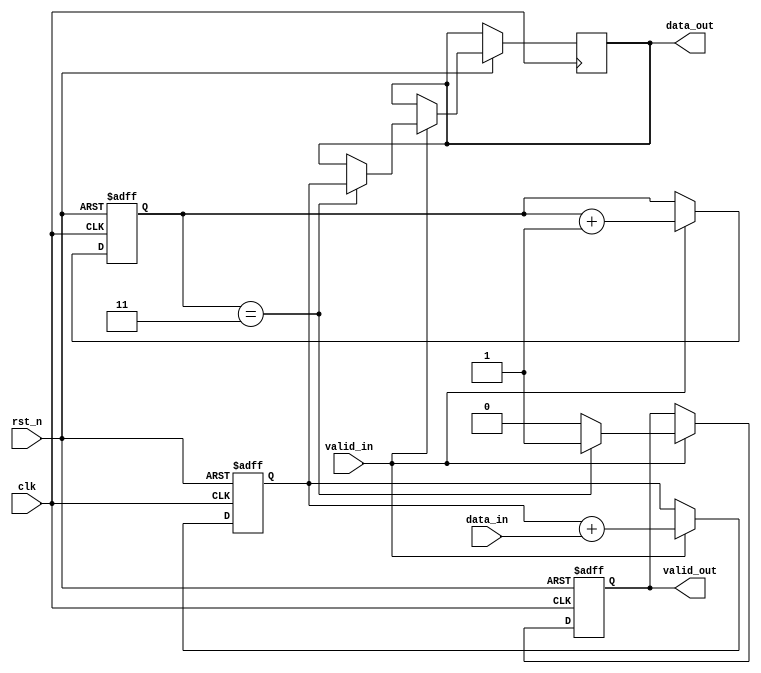
module accu (
  input clk,
  input rst_n,
  input [7:0] data_in,
  input valid_in,
  output reg valid_out,
  output reg [9:0] data_out
);

  reg [9:0] accumulator;
  reg [3:0] count;

  always @(posedge clk or negedge rst_n) begin
    if (~rst_n) begin
      accumulator <= 10'b0;
      count <= 4'b0;
      valid_out <= 1'b0;
    end
    else begin
      if (valid_in) begin
        accumulator <= accumulator + data_in;
        count <= count + 1'b1;
        
        if (count == 4'b11) begin
          data_out <= accumulator;
          valid_out <= 1'b1;
        end
        else begin
          valid_out <= 1'b0;
        end
      end
    end
  end

endmodule